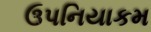
ઉપનિયાકમ